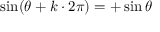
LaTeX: \sin ( \theta + k \cdot 2 \pi ) = + \sin \theta